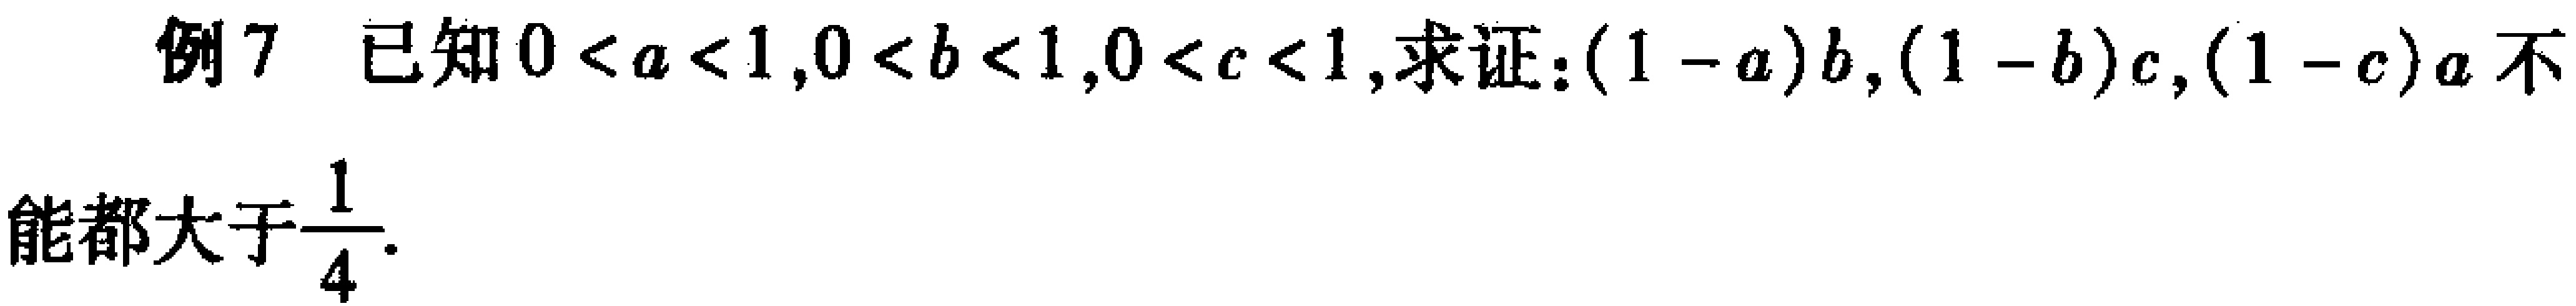
例7 已知\(0 < a < 1,0 < b < 1,0 < c < 1\), 求证：\((1 - a)b,(1 - b)c,(1 - c)a\)不

能都大于\(\frac{1}{4}\).